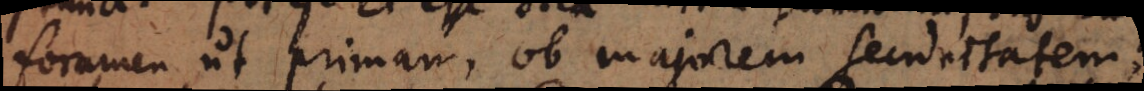
foramen ut primam, ob majorem securitatem.